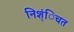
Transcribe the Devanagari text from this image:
निश्ंिचत